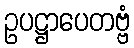
ဥပဋ္ဌာပေတဗ္ဗံ